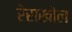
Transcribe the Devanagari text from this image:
रेराखोल